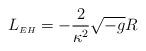
LaTeX: \begin{align*}L_{{\scriptscriptstyle EH}}=-\frac{2}{\kappa^2}\sqrt{-g}R \end{align*}